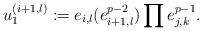
LaTeX: \begin{align*}u_1^{(i+1, l)} := e_{i,l}(e_{i+1, l}^{p-2}) \prod e_{j,k}^{p-1}.\end{align*}